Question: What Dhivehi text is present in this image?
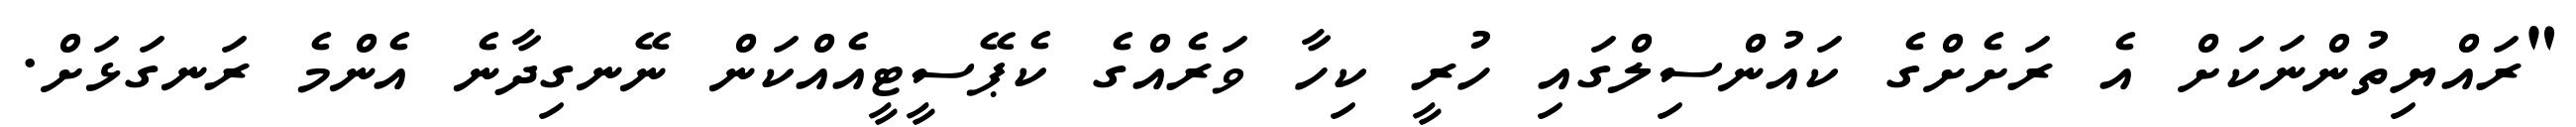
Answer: "ރައްޔިތުންނަކަށް އެ ރަށެށްގެ ކައުންސިލްގައި ހުރީ ކިހާ ވަރެއްގެ ކެޕޭސީޓީއެއްކަން ނޭނގިދާނެ އެންމެ ރަނގަޅަށް.